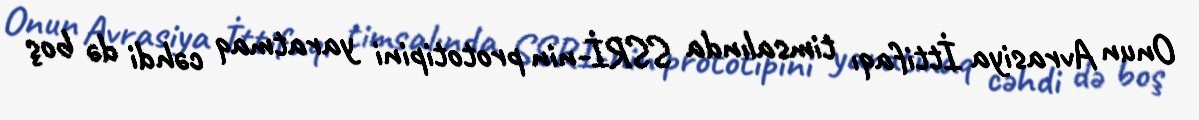
Onun Avrasiya İttifaqı timsalında SSRİ-nin prototipini yaratmaq cəhdi də boş